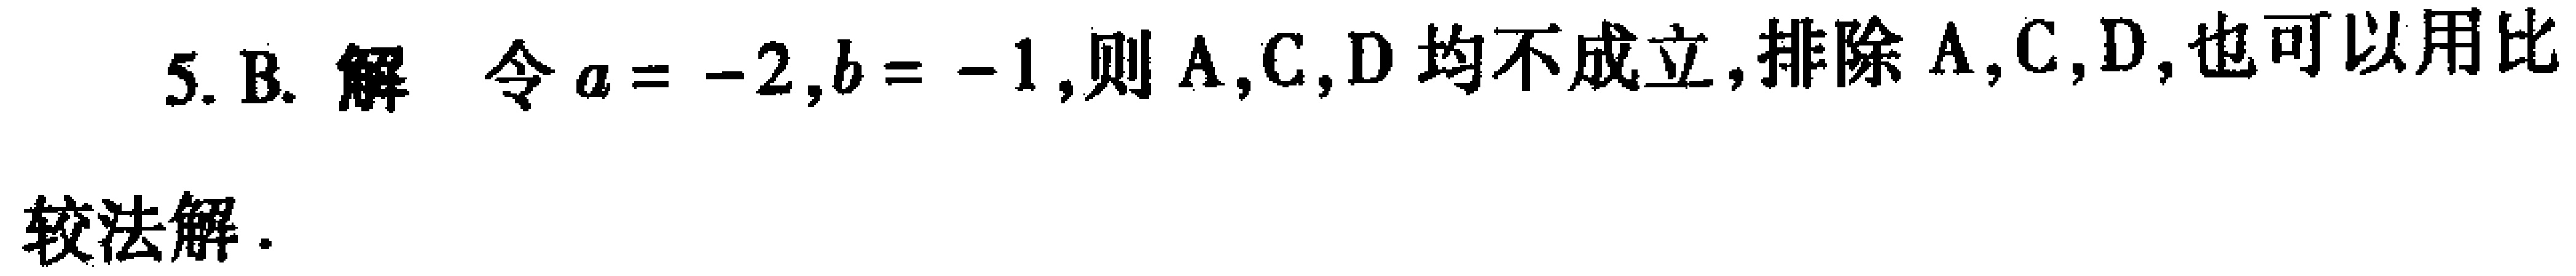
5. B. 解 令\(a = -2,b = -1\),则 A,C,D 均不成立,排除 A,C,D,也可以用比

较法解.